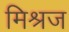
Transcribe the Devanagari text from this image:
मिश्रज